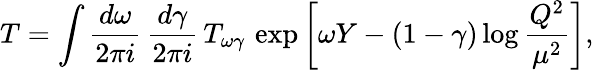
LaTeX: T=\int\frac{d\omega}{2\pi i}\, \frac{d\gamma}{2\pi i}\, T_{\omega\gamma}\, \exp\left[\omega Y-(1-\gamma)\log\frac{Q^{2}}{\mu^{2}}\right],